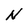
Character: N